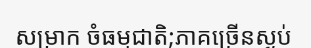
សម្រាក ចំធម្មជាតិ;ភាគច្រើនស្ងប់